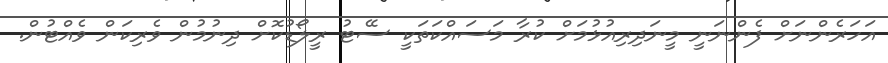
އަހަރެންނަށް ފެންނަނީ މީނަދިރިއުޅުމަށް ކުރާ މަސައްކަތަކީ ސޭޓު ރީލޯޑުކޮށް ދިނުމުން ވެރިކަން ވެއްޓުން.